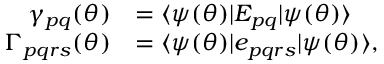
\begin{array} { r l } { \gamma _ { p q } ( { \boldsymbol { \theta } } ) } & { = \ensuremath { \langle { \psi ( { \boldsymbol { \theta } } ) } \rvert } E _ { p q } \ensuremath { \lvert { \psi ( { \boldsymbol { \theta } } ) } \rangle } } \\ { \Gamma _ { p q r s } ( { \boldsymbol { \theta } } ) } & { = \ensuremath { \langle { \psi ( { \boldsymbol { \theta } } ) } \rvert } e _ { p q r s } \ensuremath { \lvert { \psi ( { \boldsymbol { \theta } } ) } \rangle } , } \end{array}